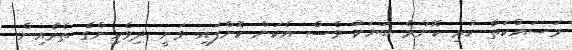
މަސައްކަތް ކުރި ކޮންމެ ބަޔަކު ވެސް އެކަން ކޮށްފައި ވަނީ ދިވެހިންގެ ތެރެއިން